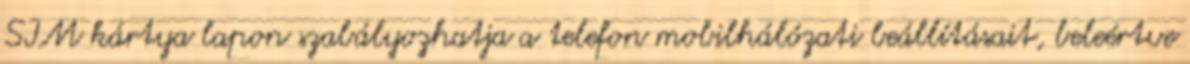
SIM kártya lapon szabályozhatja a telefon mobilhálózati beállításait, beleértve